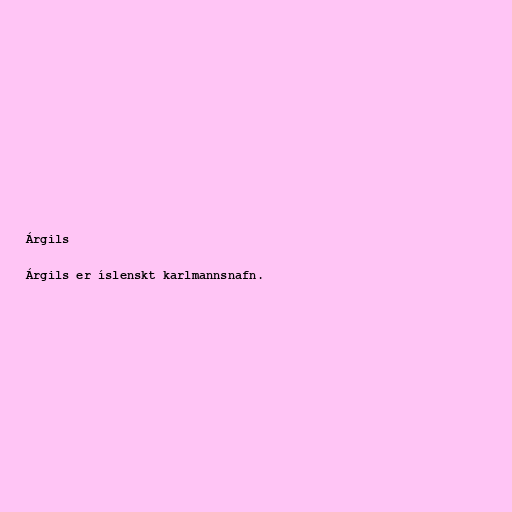
Árgils

Árgils er íslenskt karlmannsnafn.